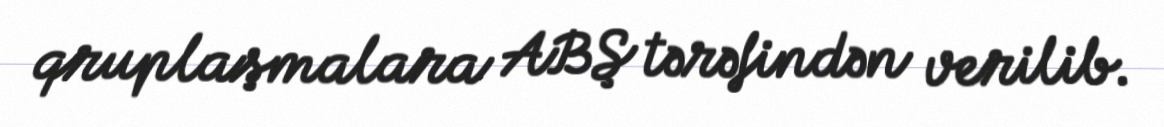
qruplaşmalara ABŞ tərəfindən verilib.